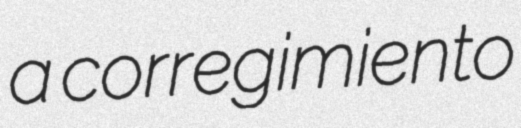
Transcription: a corregimiento